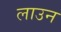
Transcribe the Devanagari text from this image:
लाउन